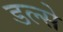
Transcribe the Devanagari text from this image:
डल्से